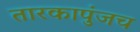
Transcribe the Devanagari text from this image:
तारकापुंजच